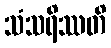
သံသရိဿတိ